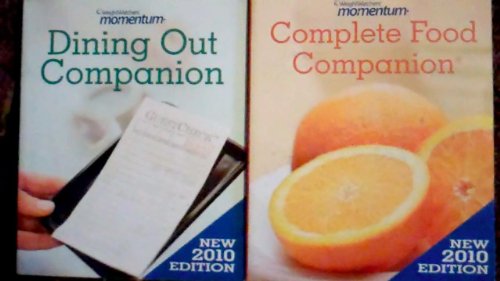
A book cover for Complete Food Companion Dining Out Companion 2010 set (Weight Watchers); Health, Fitness & Dieting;